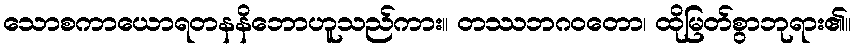
သောစကာယောရတနနိဘောဟူသည်ကား။ တဿဘဂဝတော၊ ထိုမြတ်စွာဘုရား၏။